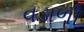
વડાળી